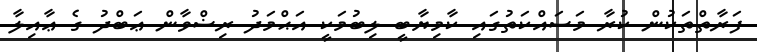
ފަރާތްތަކުން ކުރާ މަސައްކަތުގައި ކާމިޔާބީ ލިބުމަކީ އަޙްމަދު ރިޟްވާން ޢަބްދު ގެ ޢާއިލާ